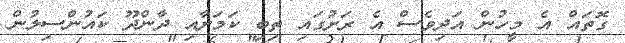
ގޮތައް އެ މީހުން އަދިވެސް އެ ރަށުގައި ތިބި ކަމަށާއި ދާންދޫ ކައުންސިލުން